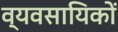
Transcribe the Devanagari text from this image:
व्यवसायिकों